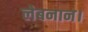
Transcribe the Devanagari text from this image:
लेबनान।